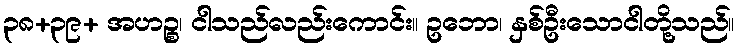
၃၈+၃၉+ အဟဉ္စ၊ ငါသည်လည်းကောင်း။ ဥဘော၊ နှစ်ဦးသောငါတို့သည်။